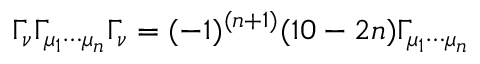
\Gamma _ { \nu } \Gamma _ { \mu _ { 1 } \cdots \mu _ { n } } \Gamma _ { \nu } = ( - 1 ) ^ { ( n + 1 ) } ( 1 0 - 2 n ) \Gamma _ { \mu _ { 1 } \cdots \mu _ { n } }